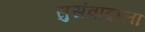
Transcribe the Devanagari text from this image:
सुसंवादाला